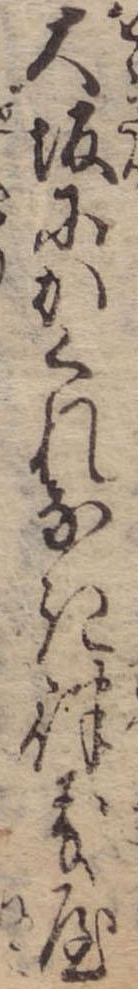
大坂にかくれなき律義屋